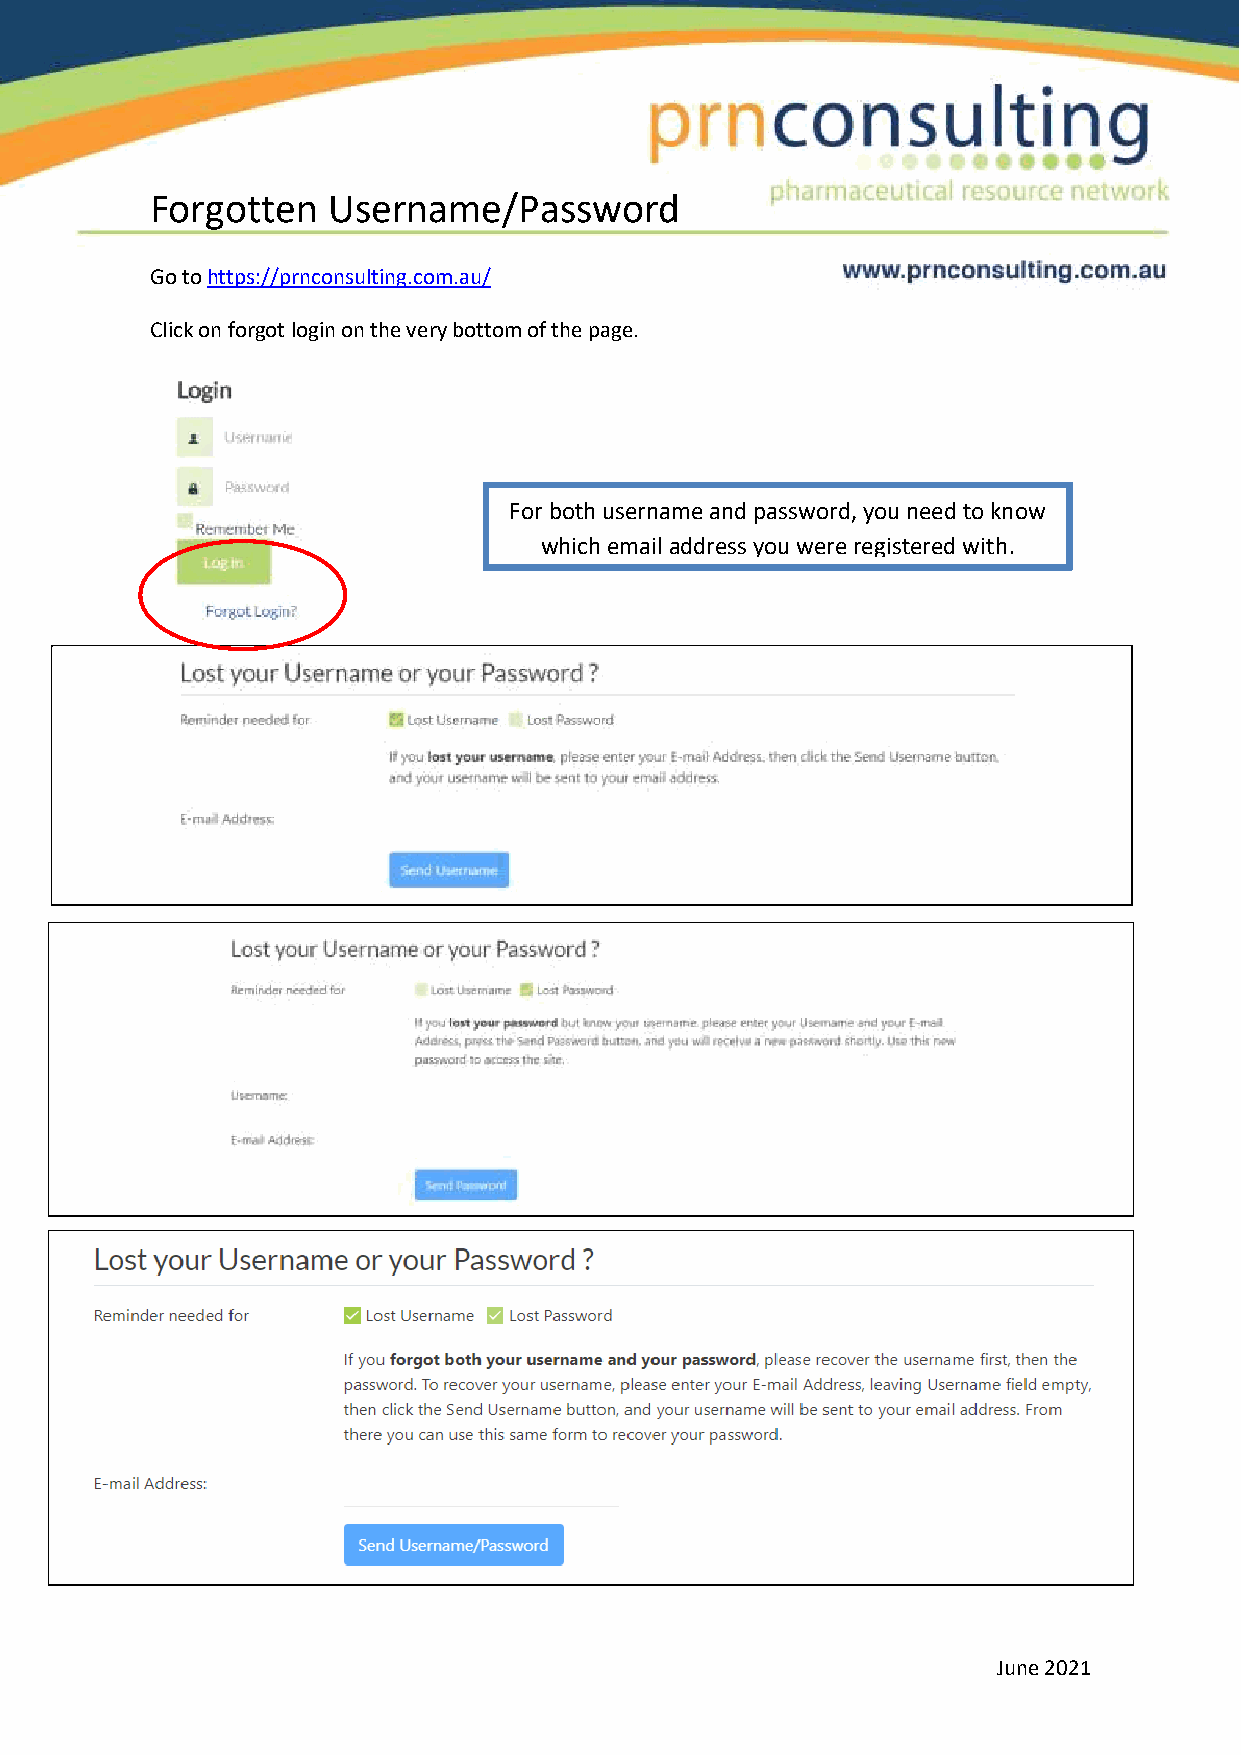
Forgotten   Username/Password
 Go to https://prnconsulting.com.au/
 Click on forgot login on the very bottom of the page.
 For both username and password, you need to know
 which email address you were registered with.
 June 2021